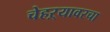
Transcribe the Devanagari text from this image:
चेहऱ्यावरचा